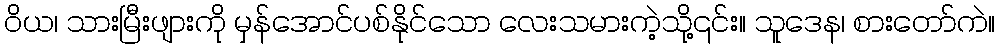
ဝိယ၊ သားမြီးဖျားကို မှန်အောင်ပစ်နိုင်သော လေးသမားကဲ့သို့၎င်း။ သူဒေန၊ စားတော်ကဲ။